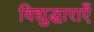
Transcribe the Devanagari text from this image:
विद्युद्धाराएँ